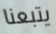
يتبعنا